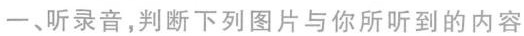
一、听录音，判断下列图片与你所听到的内容